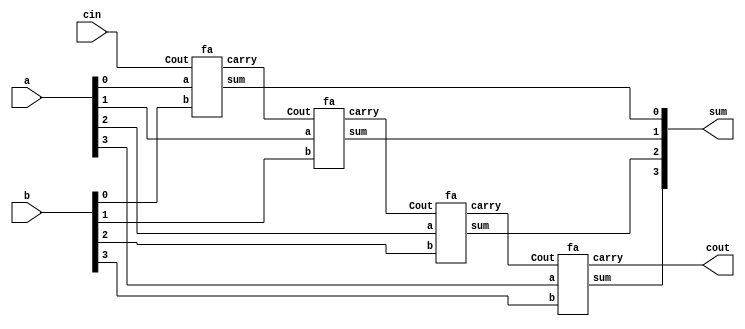
`timescale 1ns / 1ps

module ripple_carry_adder(
    output [3:0] sum,
    output cout,
    input [3:0] a,
    input [3:0] b,
    input cin
);
    wire [2:0] c;
    fa adder1(sum[0], c[0], a[0], b[0], cin);
    fa adder2(sum[1], c[1], a[1], b[1], c[0]);
    fa adder3(sum[2], c[2], a[2], b[2], c[1]);
    fa adder4(sum[3], cout, a[3], b[3], c[2]);
endmodule

module fa(
    output sum, carry,
    input a, b, Cout
);
    assign sum = a ^ b ^ Cout;
    assign carry = (a & b) | (b & Cout) | (Cout & a);
endmodule